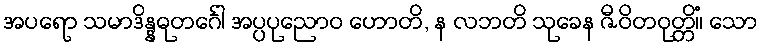
အပရော သမာဒိန္နဓုတင်္ဂေါ အပ္ပပုညောဝ ဟောတိ, န လဘတိ သုခေန ဇီဝိတဝုတ္တိံ။ သော